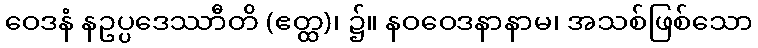
ဝေဒနံ နဥပ္ပဒေဿာီတိ (ဧတ္ထ)၊ ၌။ နဝဝေဒနာနာမ၊ အသစ်ဖြစ်သော